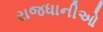
રાજધાનીઓ